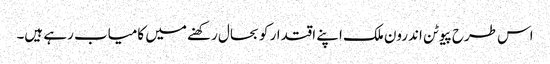
اس طرح پیوٹن اندرون ملک اپنے اقتدار کو بحال رکھنے میں کامیاب رہے ہیں۔